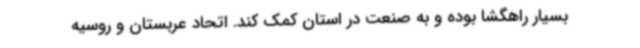
بسیار راهگشا بوده و به صنعت در استان کمک کند. اتحاد عربستان و روسیه